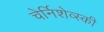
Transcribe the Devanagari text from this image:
चेर्निशेव्स्की